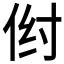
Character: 𪜺